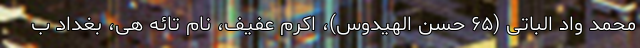
محمد واد الباتی (۶۵ حسن الهیدوس)، اکرم عفیف، نام تائه هی، بغداد ب